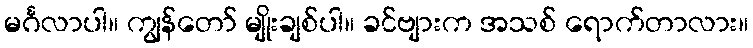
မင်္ဂလာပါ။ ကျွန်တော် မျိုးချစ်ပါ။ ခင်ဗျားက အသစ် ရောက်တာလား။